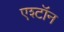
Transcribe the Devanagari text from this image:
एश्टॉन